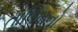
તાલિમનો